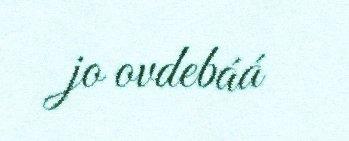
jo ovdebáá